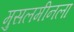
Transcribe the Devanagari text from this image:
मुसलमीनला